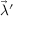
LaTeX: { \vec { \lambda } } ^ { \prime }